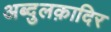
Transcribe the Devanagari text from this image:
अब्दुलक़ादिर